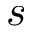
s